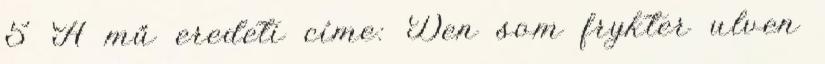
5 A mű eredeti címe: Den som frykter ulven